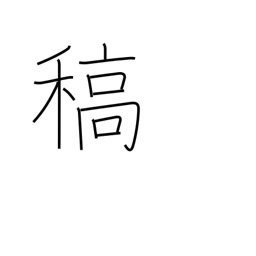
Meaning: straw